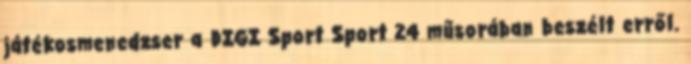
játékosmenedzser a DIGI Sport Sport 24 műsorában beszélt erről.